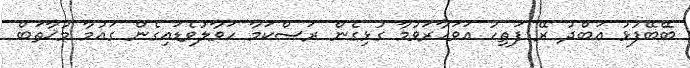
ބޭބޭފުޅު އަބްދު ރޭ ފަތިހު އަވަހާރަވުމާ ގުޅިގެން ރަސްކަމާ ހަވާލުވެޑައިގެން ގައުމާ މުޚާތަބް